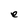
Character: e